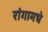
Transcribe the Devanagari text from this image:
रांगामधे